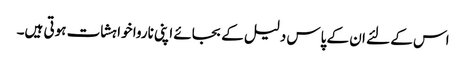
اس کے لئے ان کے پاس دلیل کے بجائے اپنی ناروا خواہشات ہوتی ہیں۔